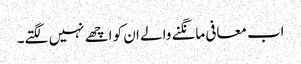
اب معافی مانگنے والے ان کو اچھے نہیں لگتے۔